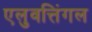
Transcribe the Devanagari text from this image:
एलुवत्तिंगल